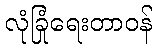
လုံခြုံရေးတာဝန်